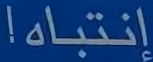
إنتباه!